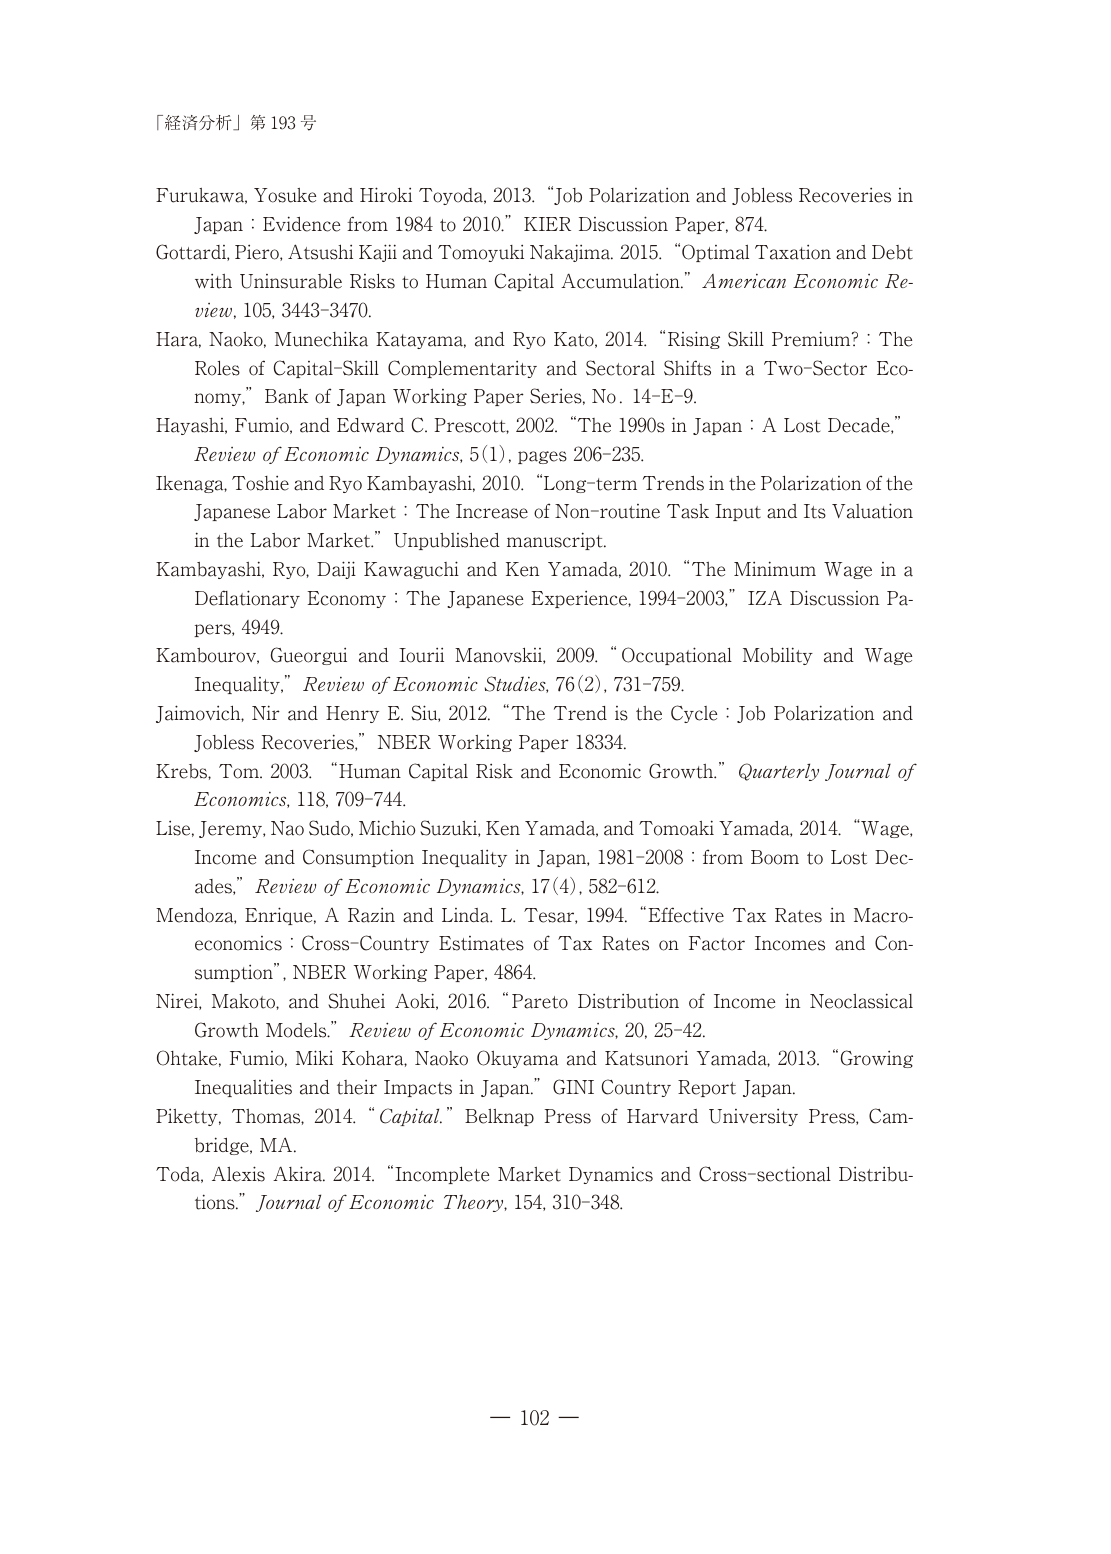
「経済分析」第 193 号

Furukawa, Yosuke and Hiroki Toyoda, 2013. “Job Polarization and Jobless Recoveries in Japan : Evidence from 1984 to 2010.” KIER Discussion Paper, 874.

Gottardi, Piero, Atsushi Kajii and Tomoyuki Nakajima. 2015. “Optimal Taxation and Debt with Uninsurable Risks to Human Capital Accumulation.” American Economic Review, 105, 3443–3470.

Hara, Naoko, Munechika Katayama, and Ryo Kato. 2014. “Rising Skill Premium? : The Roles of Capital–Skill Complementarity and Sectoral Shifts in a Two-Sector Economy,” Bank of Japan Working Paper Series, No. 14–E–9.

Hayashi, Fumio, and Edward C. Prescott. 2002. “The 1990s in Japan : A Lost Decade,” Review of Economic Dynamics, 5(1), pages 206–235.

Ikenaga, Toshie and Ryo Kambayashi. 2010. “Long-term Trends in the Polarization of the Japanese Labor Market : The Increase of Non-routine Task Input and Its Valuation in the Labor Market.” Unpublished manuscript.

Kambayashi, Ryo, Daiji Kawaguchi and Ken Yamada. 2010. “The Minimum Wage in a Deflationary Economy : The Japanese Experience, 1994–2003,” IZA Discussion Papers, 4949.

Kambourov, Gueorgui and Iourii Manovskii. 2009. “Occupational Mobility and Wage Inequality,” Review of Economic Studies, 76(2), 731–759.

Jaimovich, Nir and Henry E. Siu. 2012. “The Trend is the Cycle : Job Polarization and Jobless Recoveries,” NBER Working Paper 18334.

Krebs, Tom. 2003. “Human Capital Risk and Economic Growth.” Quarterly Journal of Economics, 118, 709–744.

Lise, Jeremy, Nao Sudo, Michio Suzuki, Ken Yamada, and Tomoaki Yamada. 2014. “Wage, Income and Consumption Inequality in Japan, 1981–2008 : from Boom to Lost Decades,” Review of Economic Dynamics, 17(4), 582–612.

Mendoza, Enrique, A Razin and Linda L. Tesar. 1994. “Effective Tax Rates in Macroeconomics : Cross-Country Estimates of Tax Rates on Factor Incomes and Consumption”, NBER Working Paper, 4864.

Nirei, Makoto, and Shuhei Aoki. 2016. “Pareto Distribution of Income in Neoclassical Growth Models.” Review of Economic Dynamics, 20, 25–42.

Ohtake, Fumio, Miki Kohara, Naoko Okuyama and Katsunori Yamada. 2013. “Growing Inequalities and their Impacts in Japan.” GINI Country Report Japan.

Piketty, Thomas. 2014. “Capital.” Belknap Press of Harvard University Press. Cambridge, MA.

Toda, Alexis Akira. 2014. “Incomplete Market Dynamics and Cross-sectional Distributions.” Journal of Economic Theory, 154, 310–348.

— 102 —